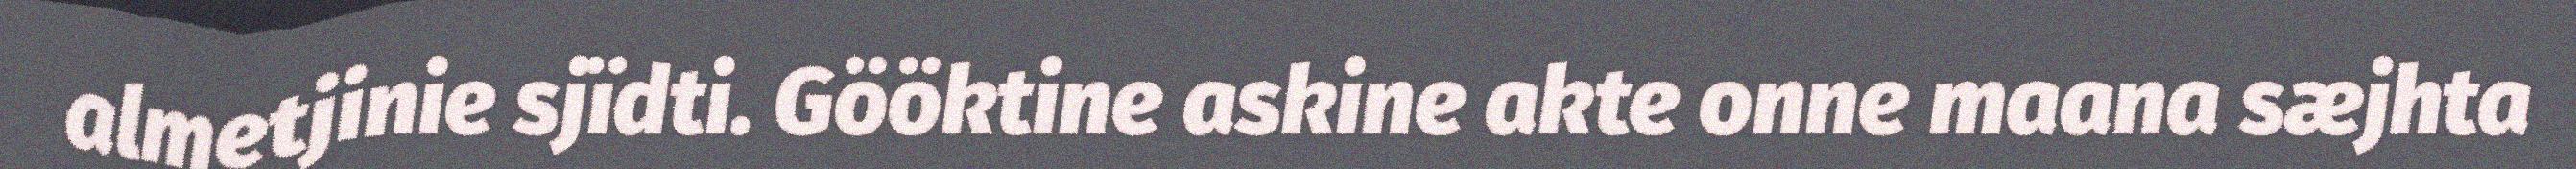
almetjinie sjïdti. Gööktine askine akte onne maana sæjhta